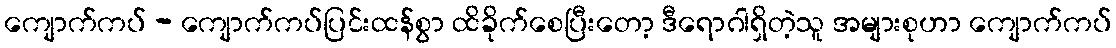
ကျောက်ကပ် - ကျောက်ကပ်ပြင်းထန်စွာ ထိခိုက်စေပြီးတော့ ဒီရောဂါရှိတဲ့သူ အများစုဟာ ကျောက်ကပ်